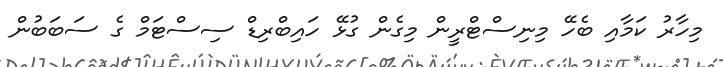
މިހާރު ކަމާއި ބެހޭ މިނިސްޓްރީން މިގެން ގުޅޭ ހައިބްރިޑް ސިސްޓަމް ގެ ސަބަބުން